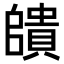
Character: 𮚠